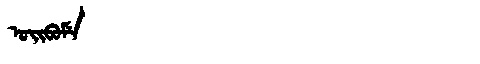
Manchu: ᠣᡳᠪᠣᠮᡝ
Romanization: OIBOME